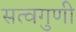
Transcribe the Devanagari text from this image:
सत्वगुणी